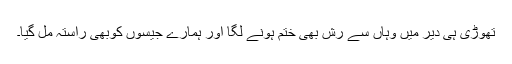
تھوڑی ہی دیر میں وہاں سے رش بھی ختم ہونے لگا اور ہمارے جیسوں کوبھی راستہ مل گیا۔